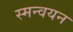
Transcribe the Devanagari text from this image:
स्मन्वयन